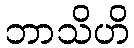
ဘာသိဟိ